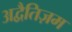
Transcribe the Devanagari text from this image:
अद्वैतिज़म